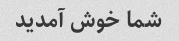
شما خوش آمدید